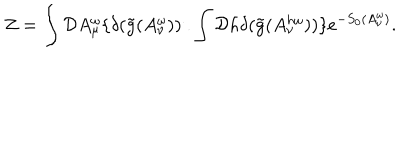
Z = \int { \cal D } A _ { \mu } ^ { \omega } \{ \delta ( \tilde { g } ( A _ { \nu } ^ { \omega } ) ) / \int { \cal D } h \delta ( \tilde { g } ( A _ { \nu } ^ { h \omega } ) ) \} e ^ { - S _ { 0 } ( A _ { \nu } ^ { \omega } ) } .